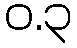
ဝ.၃